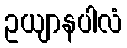
ဥယျာနပါလံ